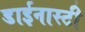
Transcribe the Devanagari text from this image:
डाईनास्टी